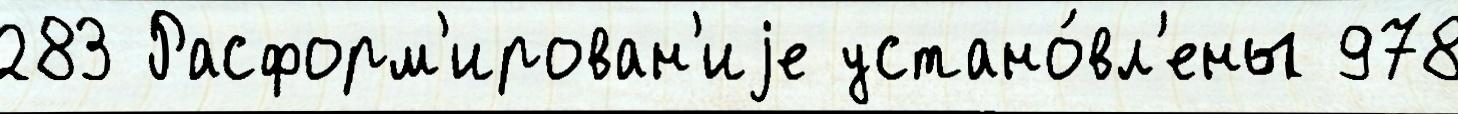
283 Расформ'ирован'иjе устано́вл'ены 978